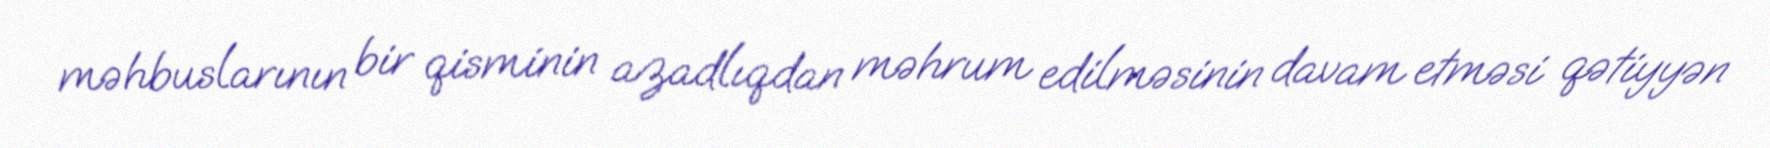
məhbuslarının bir qisminin azadlıqdan məhrum edilməsinin davam etməsi qətiyyən